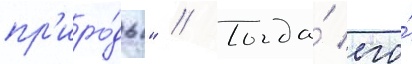
пр'иро́ды" // Тогда́ его́